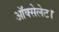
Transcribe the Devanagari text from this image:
ऑक्सेलेट।